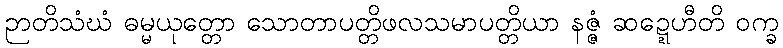
ဉာတိသံဃံ ဓမ္မယုတ္တော သောတာပတ္တိဖလသမာပတ္တိယာ နဇ္ဇံ ဆဍ္ဍေဟီတိ ဝက္ခ